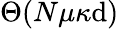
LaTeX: \Theta(N\mu\kappa\mathrm{d})